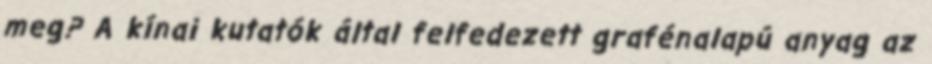
meg? A kínai kutatók által felfedezett grafénalapú anyag az